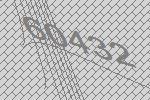
60432